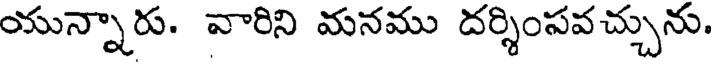
యున్నారు. వారిని మనము దర్శింసవచ్చును.